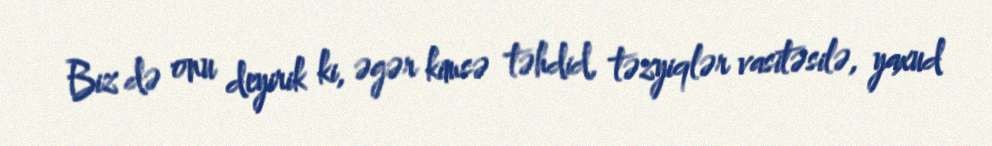
Biz də onu deyirik ki, əgər kimsə təhdid, təzyiqlər vasitəsilə, yaxud